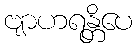
ဗျာဟရန္တိပေ